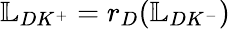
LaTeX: \mathbb{L}_{DK^{+}}=r_{D}(\mathbb{L}_{DK^{-}})